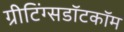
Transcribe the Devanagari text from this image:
ग्रीटिंग्सडॉटकॉम